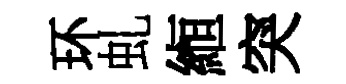
环虬縆突